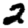
Digit: 2